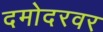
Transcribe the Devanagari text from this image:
दमोदरवर